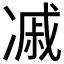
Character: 𠗼